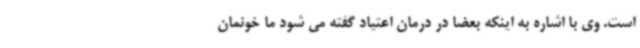
است. وی با اشاره به اینکه بعضا در درمان اعتیاد گفته می شود ما خونمان